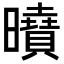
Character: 𭨍